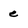
Character: e